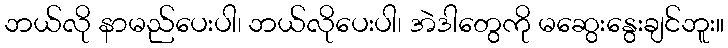
ဘယ်လို နာမည်ပေးပါ၊ ဘယ်လိုပေးပါ၊ အဲဒါတွေကို မဆွေးနွေးချင်ဘူး။